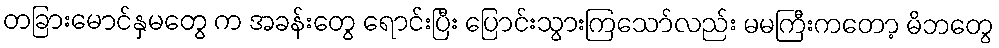
တခြားမောင်နှမတွေ က အခန်းတွေ ရောင်းပြီး ပြောင်းသွားကြသော်လည်း မမကြီးကတော့ မိဘတွေ